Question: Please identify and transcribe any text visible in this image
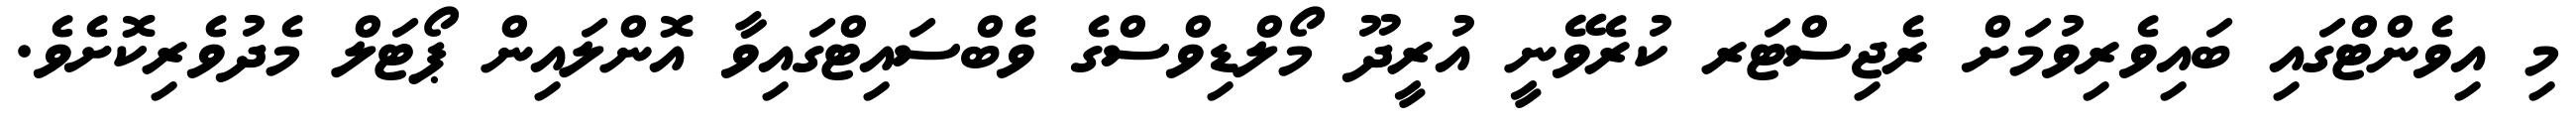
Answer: މި އިވެންޓްގައި ބައިވެރިވުމަށް ރެޖިސްޓަރ ކުރެވޭނީ އުރީދޫ މޯލްޑިވްސްގެ ވެބްސައިޓްގައިވާ އޮންލައިން ޕޯޓަލް މެދުވެރިކޮށެވެ.